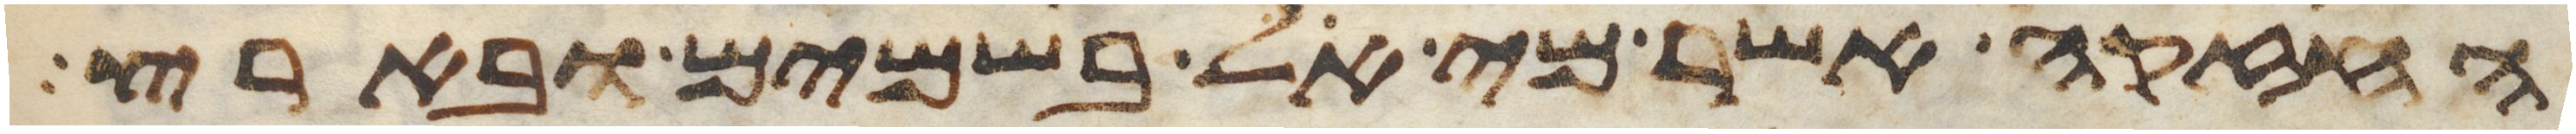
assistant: החזקה אשר מי אל בשמים ובארץ